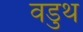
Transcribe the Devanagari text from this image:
वडुथ